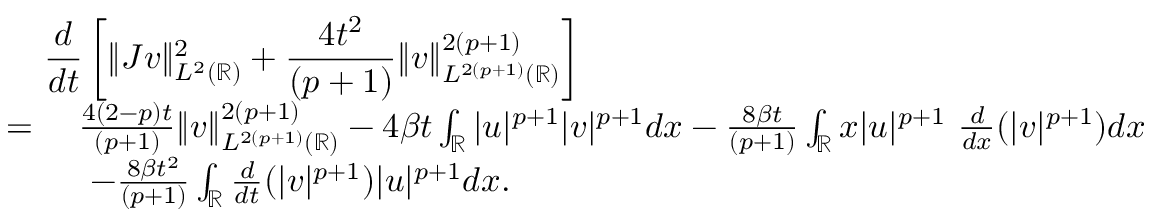
\begin{array} { r l } { \lefteqn { \frac { d } { d t } \left[ \| J v \| _ { L ^ { 2 } ( \mathbb { R } ) } ^ { 2 } + \frac { 4 t ^ { 2 } } { ( p + 1 ) } \| v \| _ { L ^ { 2 ( p + 1 ) } ( \mathbb { R } ) } ^ { 2 ( p + 1 ) } \right] } } \\ { = \ } & { \frac { 4 ( 2 - p ) t } { ( p + 1 ) } \| v \| _ { L ^ { 2 ( p + 1 ) } ( \mathbb { R } ) } ^ { 2 ( p + 1 ) } - 4 \beta t \int _ { \mathbb { R } } | u | ^ { p + 1 } | v | ^ { p + 1 } d x - \frac { 8 \beta t } { ( p + 1 ) } \int _ { \mathbb { R } } x | u | ^ { p + 1 } \ \frac { d } { d x } ( | v | ^ { p + 1 } ) d x } \\ & { \ - \frac { 8 \beta t ^ { 2 } } { ( p + 1 ) } \int _ { \mathbb { R } } \frac { d } { d t } ( | v | ^ { p + 1 } ) | u | ^ { p + 1 } d x . } \end{array}